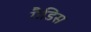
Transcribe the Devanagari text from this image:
गैडिस